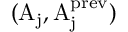
\mathrm { ( A _ { j } , A _ { j } ^ { p r e v } ) }